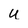
Character: u